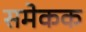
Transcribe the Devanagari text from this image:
समेकक